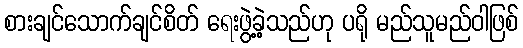
စားချင်သောက်ချင်စိတ် ရေးဖွဲ့ခဲ့သည်ဟု ပရို မည်သူမည်ဝါဖြစ်